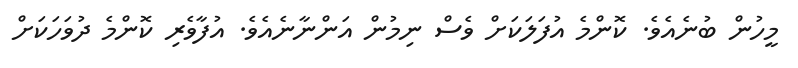
މީހުން ބުނެއެވެ. ކޮންމެ އުފަލަކަށް ވެސް ނިމުން އަންނާނެއެވެ. އުފާވެރި ކޮންމެ ދުވަހަކަށް